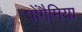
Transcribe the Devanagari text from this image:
पोंगैमिया